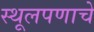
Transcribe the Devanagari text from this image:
स्थूलपणाचे